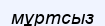
мұртсыз